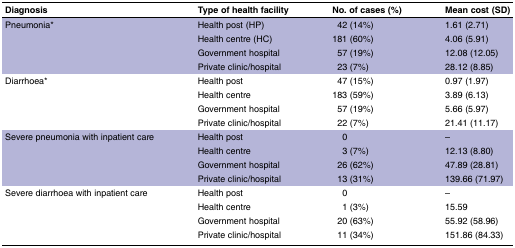
<table><thead><tr><td><b>Diagnosis</b></td><td><b>Type of health facility</b></td><td><b>No. of cases (%)</b></td><td><b>Mean cost (SD)</b></td></tr></thead><tbody><tr><td rowspan="4">Pneumonia*</td><td>Health post (HP)</td><td>42 (14%)</td><td>1.61 (2.71)</td></tr><tr><td>Health centre (HC)</td><td>181 (60%)</td><td>4.06 (5.91)</td></tr><tr><td>Government hospital</td><td>57 (19%)</td><td>12.08 (12.05)</td></tr><tr><td>Private clinic/hospital</td><td>23 (7%)</td><td>28.12 (8.85)</td></tr><tr><td rowspan="4">Diarrhoea*</td><td>Health post</td><td>47 (15%)</td><td>0.97 (1.97)</td></tr><tr><td>Health centre</td><td>183 (59%)</td><td>3.89 (6.13)</td></tr><tr><td>Government hospital</td><td>57 (19%)</td><td>5.66 (5.97)</td></tr><tr><td>Private clinic/hospital</td><td>22 (7%)</td><td>21.41 (11.17)</td></tr><tr><td rowspan="4">Severe pneumonia with inpatient care</td><td>Health post</td><td>0</td><td>–</td></tr><tr><td>Health centre</td><td>3 (7%)</td><td>12.13 (8.80)</td></tr><tr><td>Government hospital</td><td>26 (62%)</td><td>47.89 (28.81)</td></tr><tr><td>Private clinic/hospital</td><td>13 (31%)</td><td>139.66 (71.97)</td></tr><tr><td rowspan="4">Severe diarrhoea with inpatient care</td><td>Health post</td><td>0</td><td>–</td></tr><tr><td>Health centre</td><td>1 (3%)</td><td>15.59</td></tr><tr><td>Government hospital</td><td>20 (63%)</td><td>55.92 (58.96)</td></tr><tr><td>Private clinic/hospital</td><td>11 (34%)</td><td>151.86 (84.33)</td></tr></tbody></table>